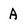
Character: A